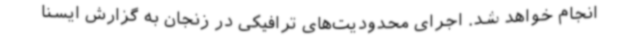
انجام خواهد شد. اجرای محدودیت‌های ترافیکی در زنجان به گزارش ایسنا